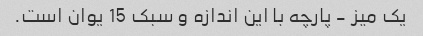
یک میز - پارچه با این اندازه و سبک 15 یوان است.